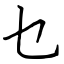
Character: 乜